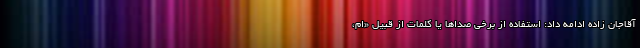
آقاجان زاده ادامه داد: استفاده از برخی صداها یا کلمات از قبیل «ام،